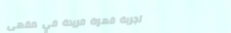
تجربة قهوة فريدة في مقهى